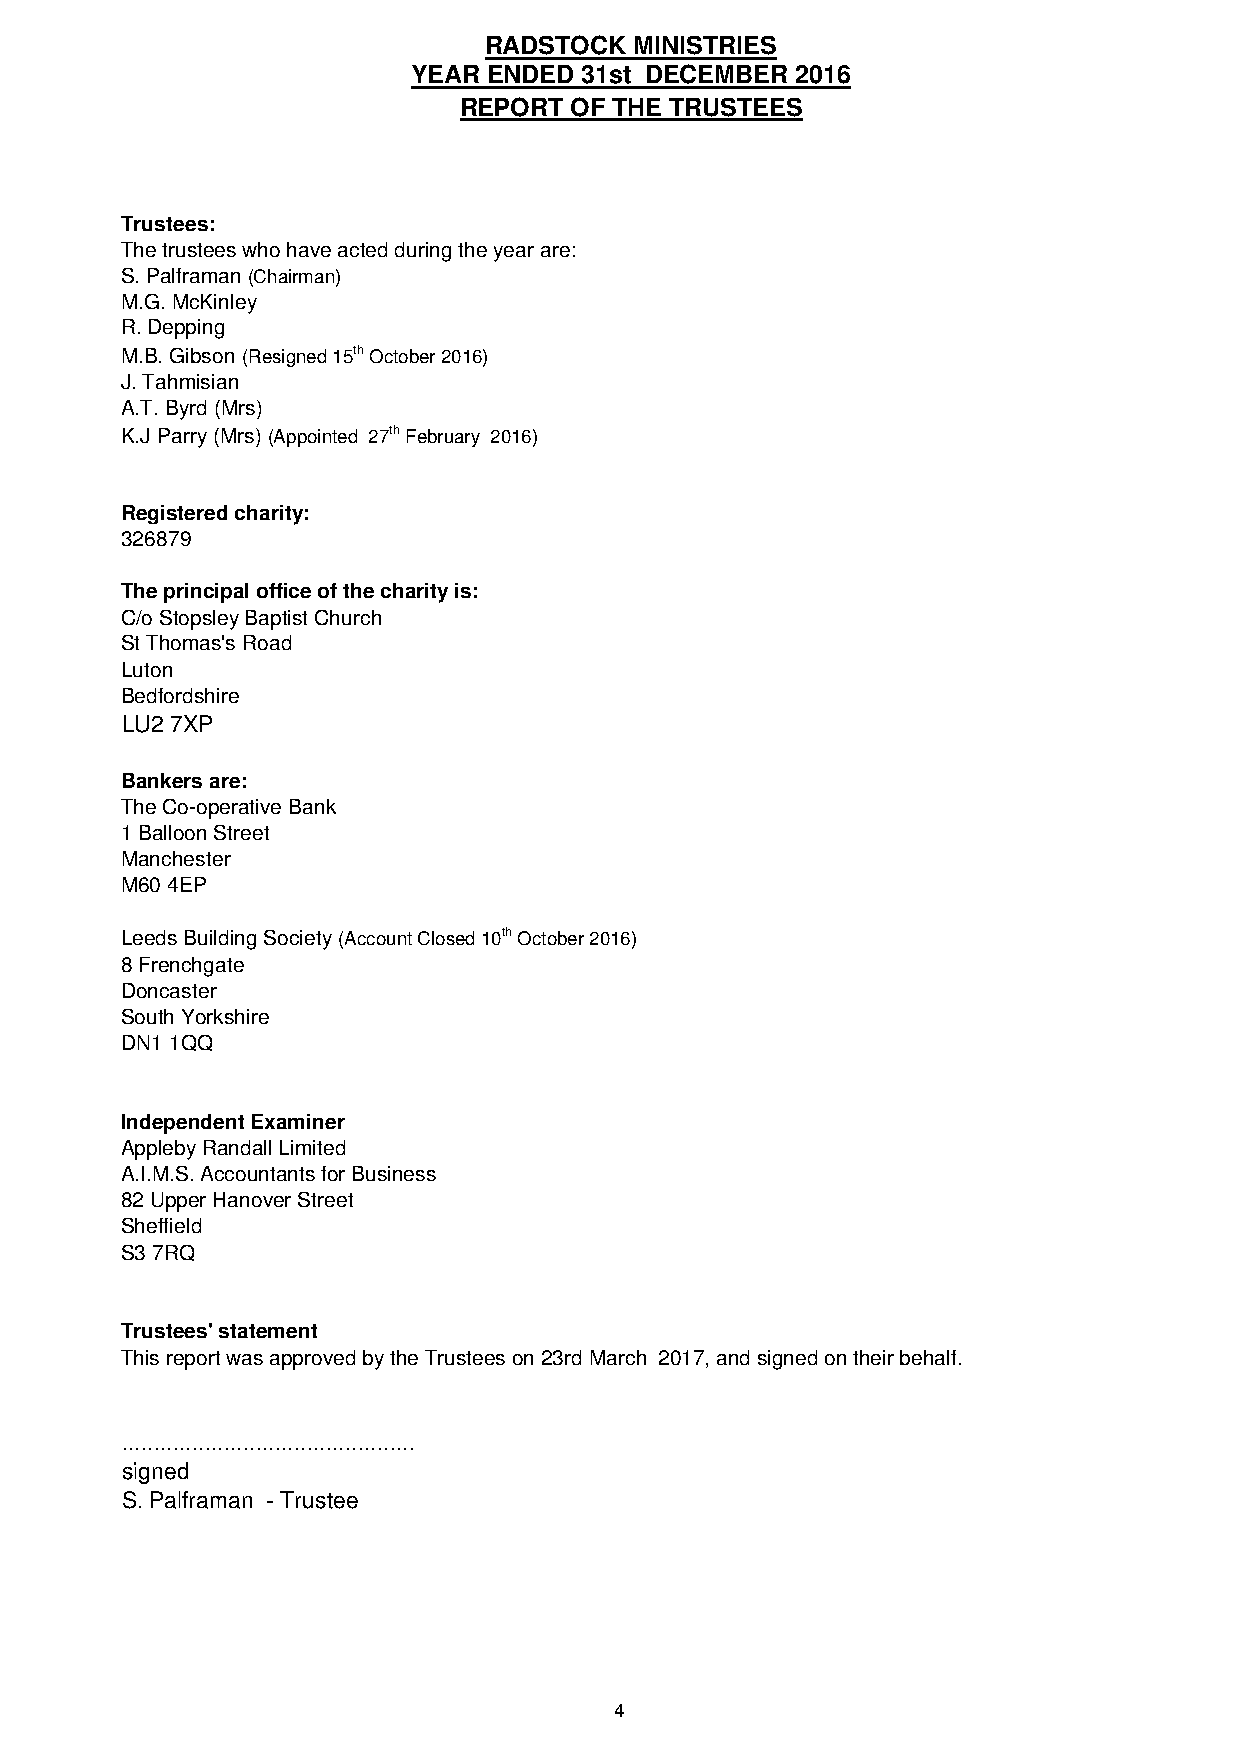
RADSTOCK  MINISTRIES
 YEAR ENDED  31st DECEMBER 2016
 REPORT  OF THE TRUSTEES
 Trustees:
 The trustees who have acted during the year are:
 S. Palframan (Chairman)
 M.G. McKinley
 R. Depping
 M.B. Gibson (Resigned 15th October 2016)
 J. Tahmisian
 A.T. Byrd (Mrs)
 K.J Parry (Mrs) (Appointed 27th February 2016)
 Registered charity:
 326879
 The principal office of the charity is:
 C/o Stopsley Baptist Church
 St Thomas's Road
 Luton
 Bedfordshire
 LU2 7XP
 Bankers are:
 The Co-operative Bank
 1 Balloon Street
 Manchester
 M60 4EP
 Leeds Building Society (Account Closed 10th October 2016)
 8 Frenchgate
 Doncaster
 South Yorkshire
 DN1 1QQ
 Independent Examiner
 Appleby Randall Limited
 A.I.M.S. Accountants for Business
 82 Upper Hanover Street
 Sheffield
 S3 7RQ
 Trustees' statement
 This report was approved by the Trustees on 23rd March 2017, and signed on their behalf.
 ..............................................
 signed
 S. Palframan - Trustee
 4